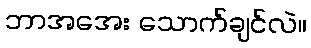
ဘာအအေး သောက်ချင်လဲ။